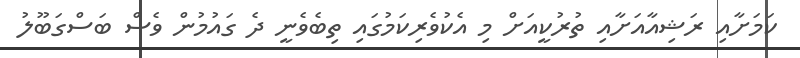
ކަމަށާއި ރަޝިއާއަށާއި ތުރުކީއަށް މި އެެކުވެރިކަމުގައި ތިބެވެނީ ދެ ގައުމުން ވެސް ބަސްގަބޫލު